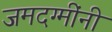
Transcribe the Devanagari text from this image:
जमदग्मींनी